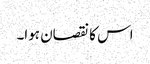
اس کا نقصان ہوا۔